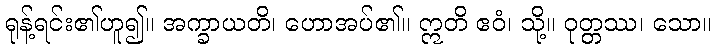
ရုန့်ရင်း၏ဟူ၍။ အက္ခာယတိ၊ ဟောအပ်၏။ ဣတိ ဧဝံ၊ သို့။ ဝုတ္တဿ၊ သော။